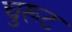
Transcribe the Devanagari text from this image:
चुरूट